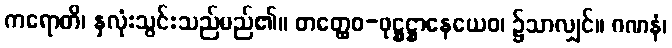
ကရောတိ၊ နှလုံးသွင်းသည်မည်၏။ တတ္ထေဝ-ဖုဋ္ဌဋ္ဌာနေယေဝ၊ ၌သာလျှင်။ ဂဏနံ၊